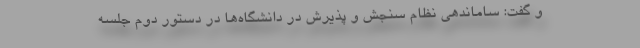
و گفت: ساماندهی نظام سنجش و پذیرش در دانشگاه‌ها در دستور دوم جلسه